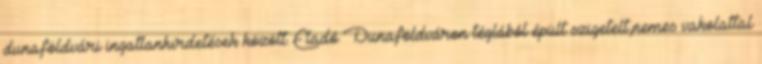
dunaföldvári ingatlanhirdetések között. Eladó Dunaföldváron téglából épült szigetelt,nemes vakolattal